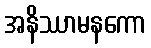
အနိဿာမနကော